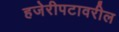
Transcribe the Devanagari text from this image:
हजेरीपटावरील